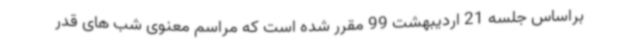
براساس جلسه 21 اردیبهشت 99 مقرر شده است که مراسم معنوی شب های قدر